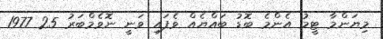
މިޔަންމާ ޓީމު އެންމެ ބޮޑު ބައްޔެއް ވެފައި ވަނީ ނޮވެމްބަރު 25 1977